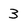
Character: 3